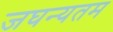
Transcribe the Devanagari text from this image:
जघन्यतम